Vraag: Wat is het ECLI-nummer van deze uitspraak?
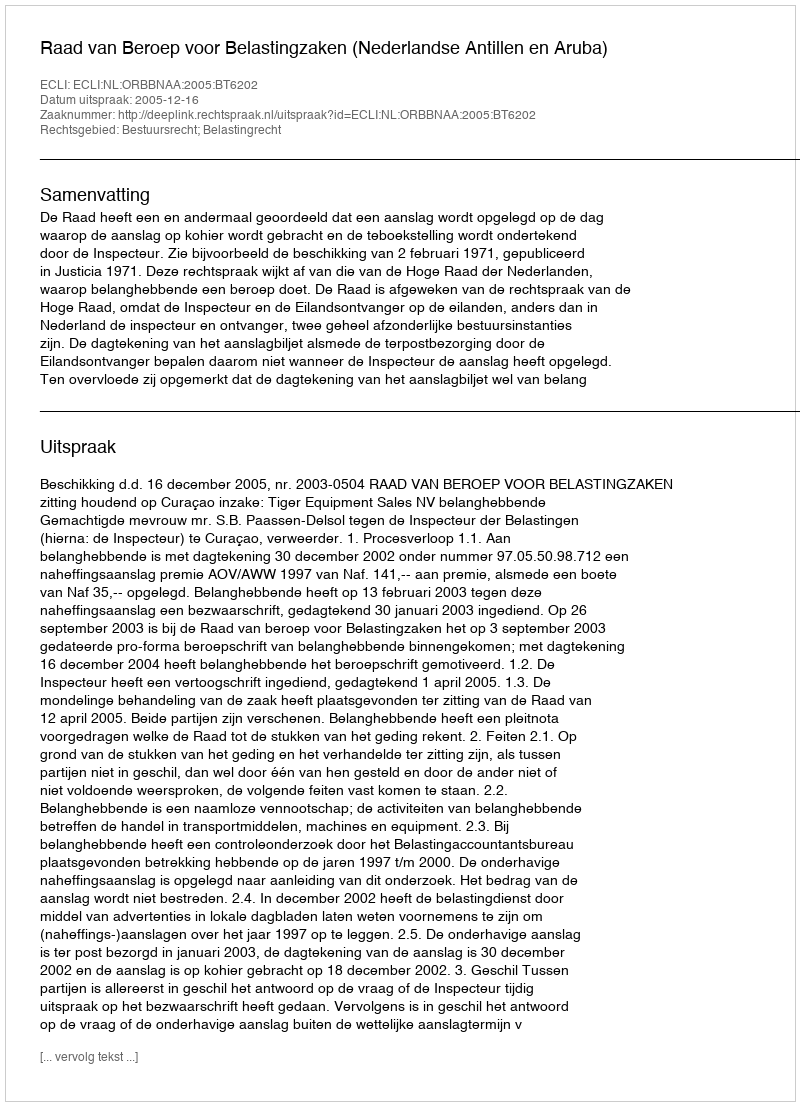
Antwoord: ECLI:NL:ORBBNAA:2005:BT6202